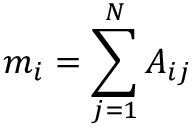
m _ { i } = \sum _ { j = 1 } ^ { N } A _ { i j }